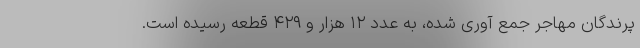
پرندگان مهاجر جمع آوری شده، به عدد ۱۲ هزار و ۴۲۹ قطعه رسیده است.